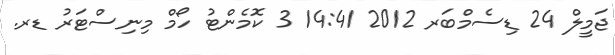
ޖަމީލް 24 ޑިސެމްބަރ 2012 14:41 3 ކޮމެންޓު ހޯމް މިނިސްޓަރު ޑރ.